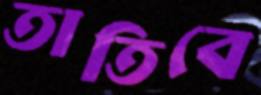
তাতিবে